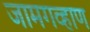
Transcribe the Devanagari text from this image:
जामगव्हाण